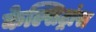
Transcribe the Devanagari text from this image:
केल्सिट्रांस